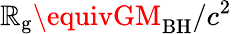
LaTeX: \mathbb{R}_{\mathrm{{g}}}\equivGM_{\mathrm{{BH}}}/c^{2}